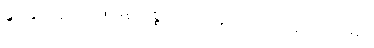
နွားနှင့်တူသော။ ဓနံ၊ ဥစ္စာသည်။ နတ္ထိ၊ မရှိ။ သူရိယသမာ၊